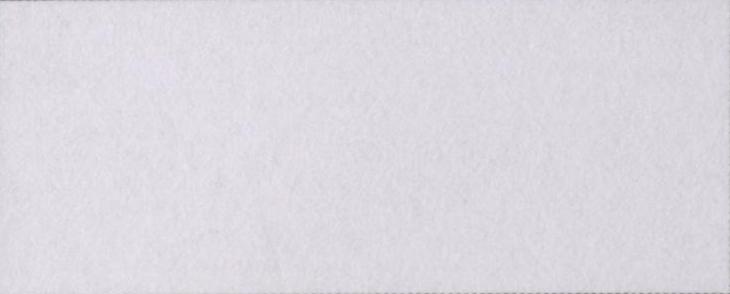
कुरैशी